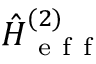
\hat { H } _ { \mathrm { ~ e ~ f ~ f ~ } } ^ { ( 2 ) }